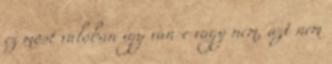
ez most valóban így van-e vagy nem, azt nem